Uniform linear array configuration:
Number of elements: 32
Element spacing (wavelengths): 1
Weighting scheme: exponential
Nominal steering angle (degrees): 60
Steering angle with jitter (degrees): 59.657
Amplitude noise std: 0.05
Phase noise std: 0.05

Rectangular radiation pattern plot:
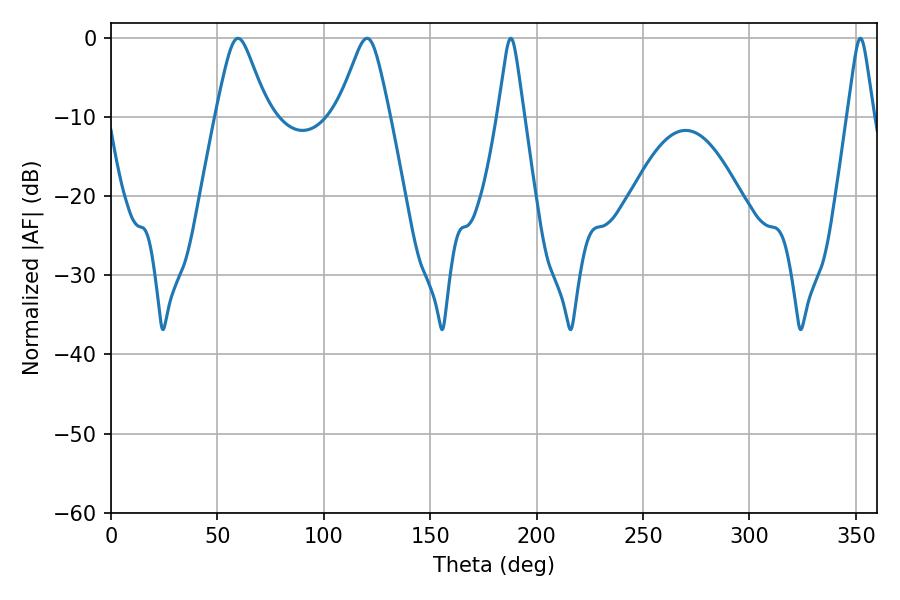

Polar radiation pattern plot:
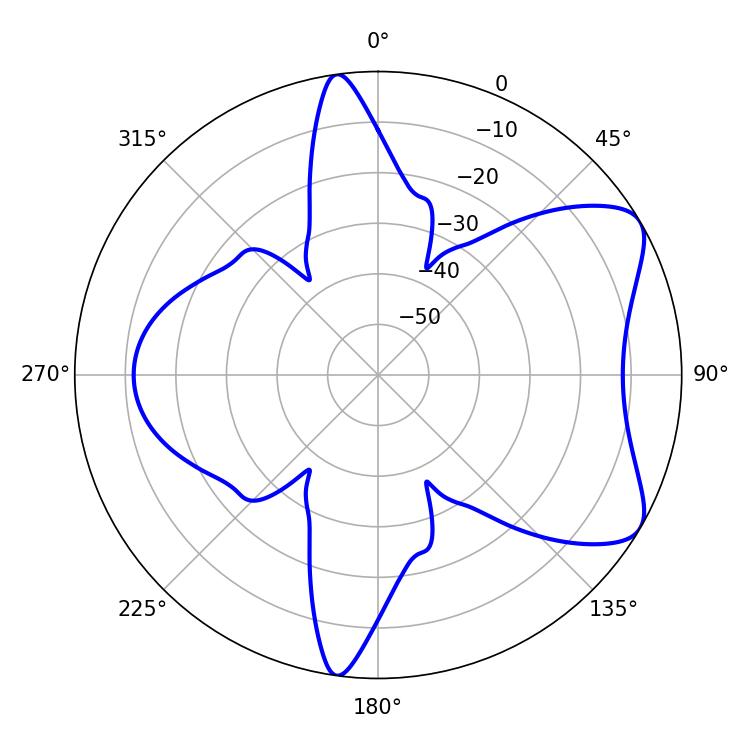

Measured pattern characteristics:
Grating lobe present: TRUE
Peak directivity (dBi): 7.154
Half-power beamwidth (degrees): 11.7
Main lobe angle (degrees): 59.76